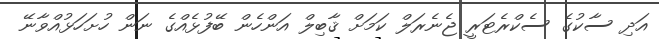
އަދި ސާކުގެ ސެކްރެޓަރީ ޖެނެރަލް ކަމަށް ޤާބިލް އަންހެން ބޭފުޅެއްގެ ނަން ހުށަހަޅުއްވާނޭ